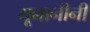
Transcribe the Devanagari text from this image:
यूनानीनीं